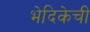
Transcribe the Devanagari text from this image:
भेदिकेची